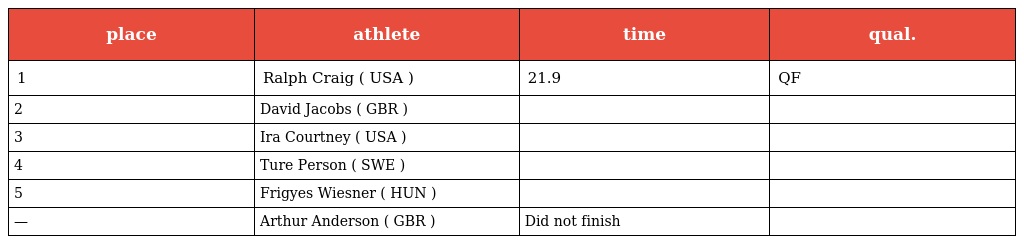
| place | athlete | time | qual. |
 | --- | --- | --- | --- |
 | 1 | Ralph Craig ( USA ) | 21.9 | QF |
 | 2 | David Jacobs ( GBR ) |  |  |
 | 3 | Ira Courtney ( USA ) |  |  |
 | 4 | Ture Person ( SWE ) |  |  |
 | 5 | Frigyes Wiesner ( HUN ) |  |  |
 | — | Arthur Anderson ( GBR ) | Did not finish |  |